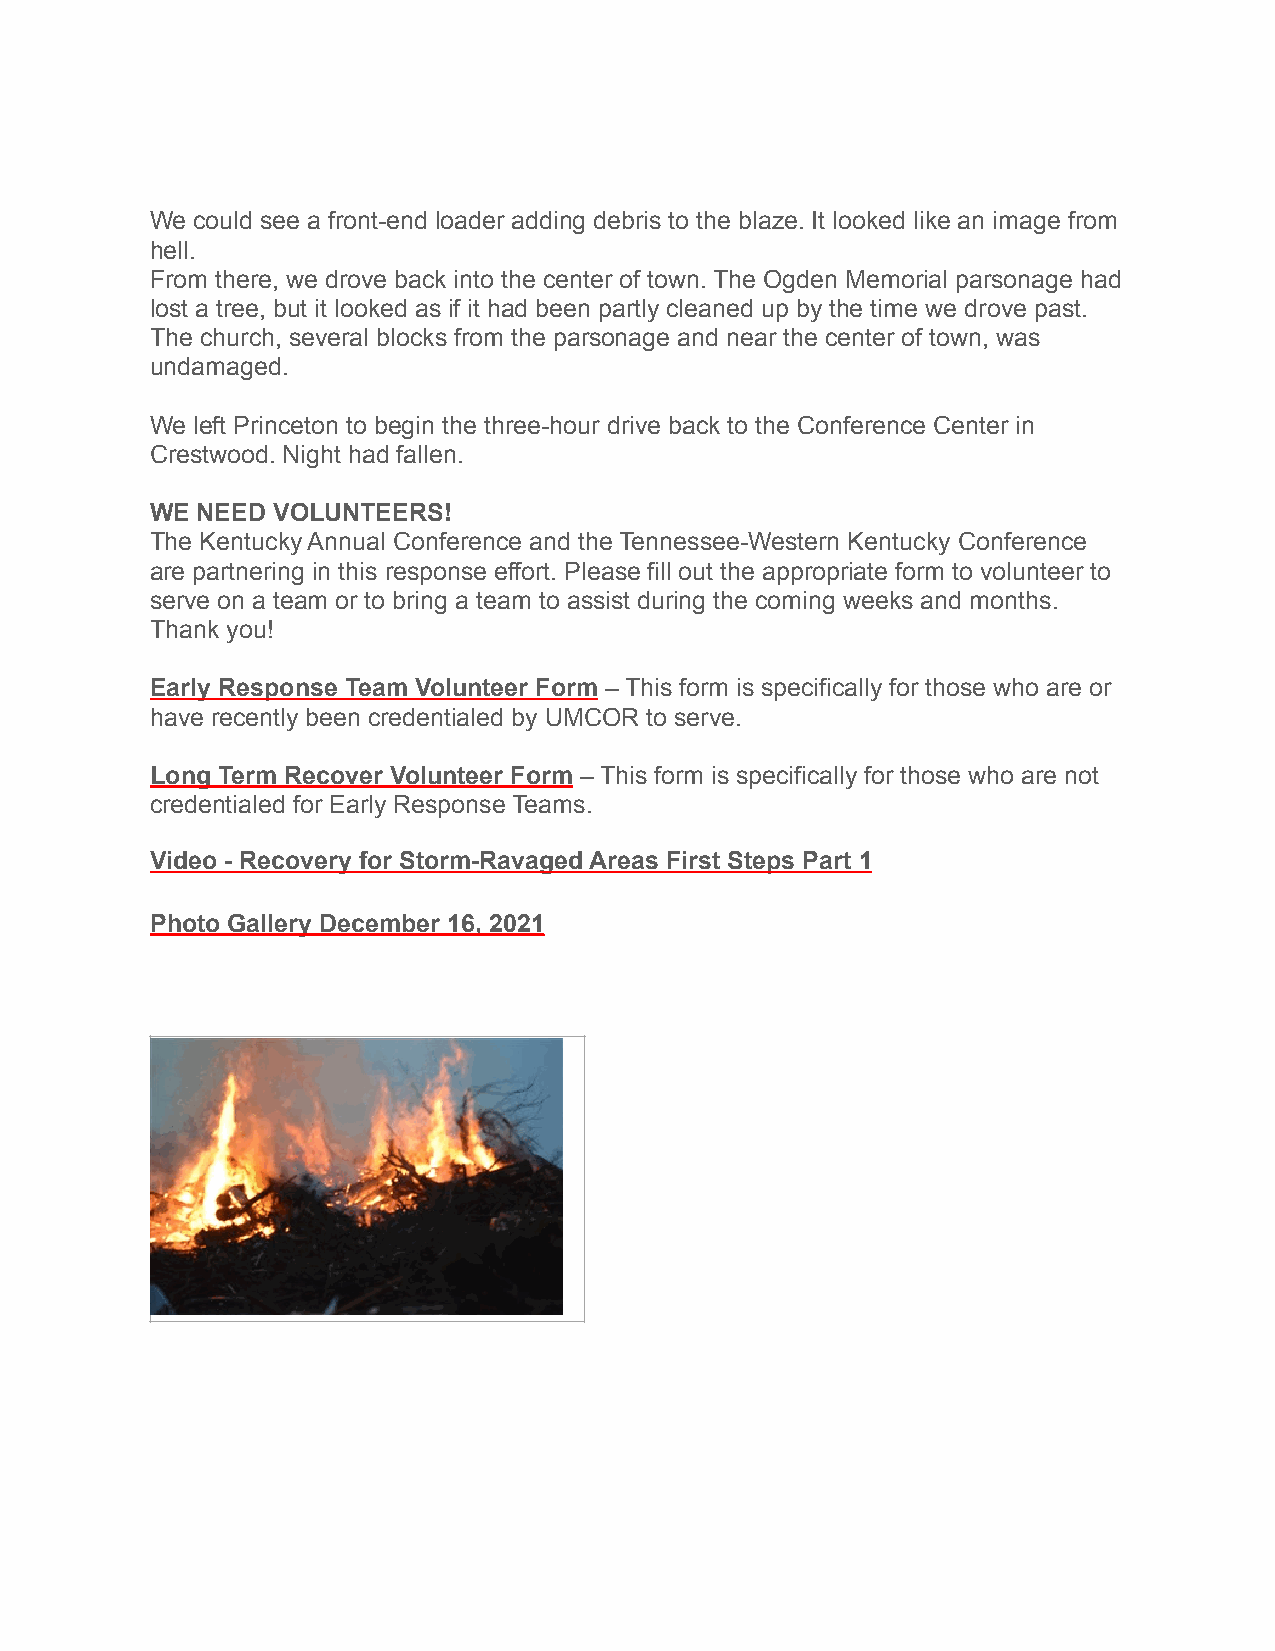
We could see a front-end loader adding debris to the blaze. It looked like an image from
 hell.
 From there, we drove back into the center of town. The Ogden Memorial parsonage had
 lost a tree, but it looked as if it had been partly cleaned up by the time we drove past.
 The church, several blocks from the parsonage and near the center of town, was
 undamaged.
 We left Princeton to begin the three-hour drive back to the Conference Center in
 Crestwood. Night had fallen.
 WE NEED VOLUNTEERS!
 The Kentucky Annual Conference and the Tennessee-Western Kentucky Conference
 are partnering in this response effort. Please fill out the appropriate form to volunteer to
 serve on a team or to bring a team to assist during the coming weeks and months.
 Thank you!
 Early Response Team Volunteer Form – This form is specifically for those who are or
 have recently been credentialed by UMCOR to serve.
 Long Term Recover Volunteer Form – This form is specifically for those who are not
 credentialed for Early Response Teams.
 Video - Recovery for Storm-Ravaged Areas First Steps Part 1
 Photo Gallery December 16, 2021